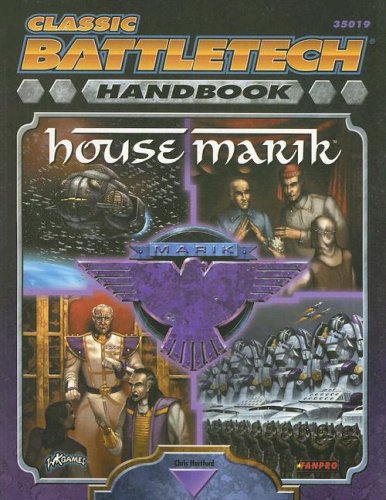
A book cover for Handbook: House Marik; FanPro; Science Fiction & Fantasy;